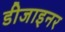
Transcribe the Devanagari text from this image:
डीजाइनर